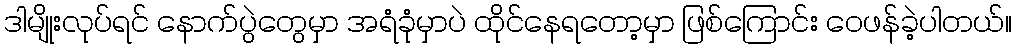
ဒါမျိုးလုပ်ရင် နောက်ပွဲတွေမှာ အရံခုံမှာပဲ ထိုင်နေရတော့မှာ ဖြစ်ကြောင်း ဝေဖန်ခဲ့ပါတယ်။